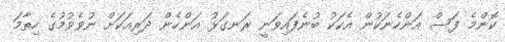
ކޮންމެ ފަސް އަންހެނަކުން އެކަކު ބުނެފައިވަނީ ރަނގަޅު އަންހެން ދަރިއަކަށް ނުވެވުމުގެ ހިތާމަ